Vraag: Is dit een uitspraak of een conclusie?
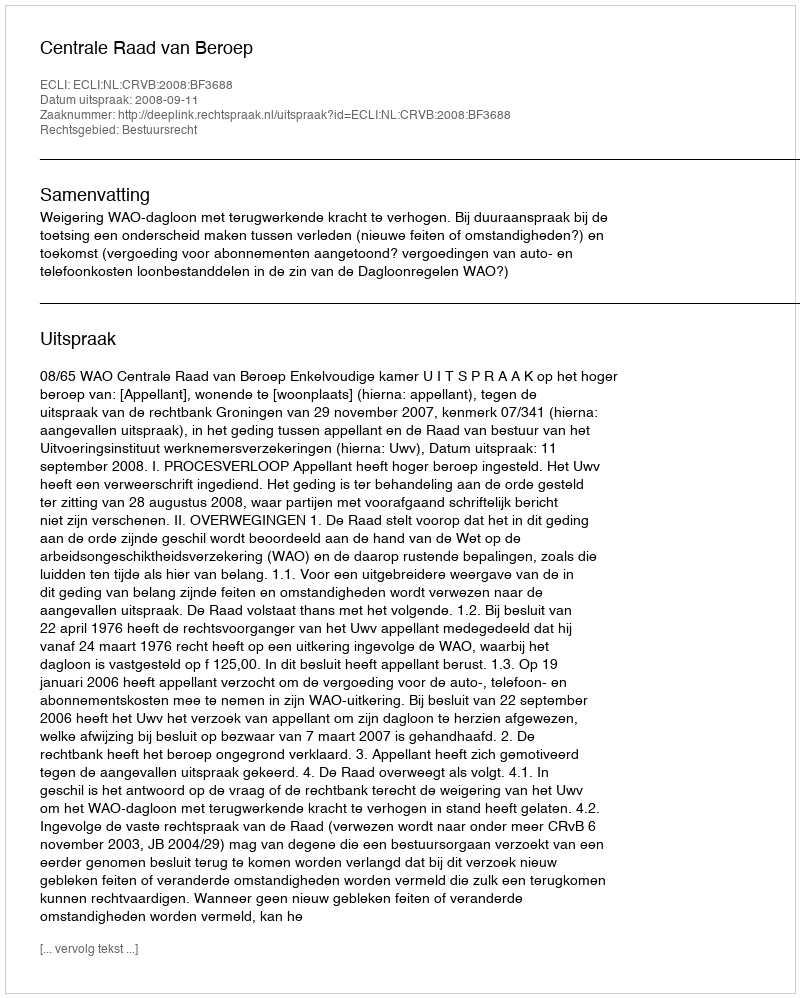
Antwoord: Uitspraak